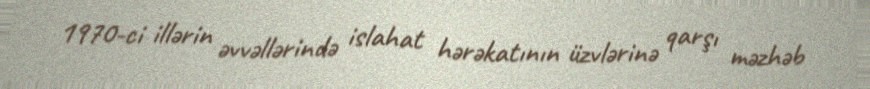
1970-ci illərin əvvəllərində islahat hərəkatının üzvlərinə qarşı məzhəb